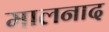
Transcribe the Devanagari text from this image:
मालनाद